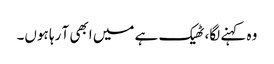
وہ کہنے لگا، ٹھیک ہے میں ابھی آ رہا ہوں۔